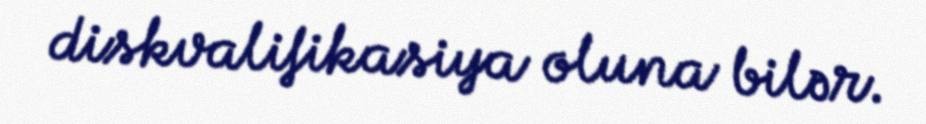
diskvalifikasiya oluna bilər.